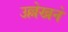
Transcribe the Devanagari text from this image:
उल्लेखने